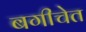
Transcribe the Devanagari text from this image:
बगीचेत